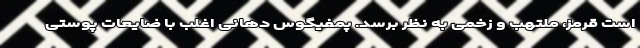
است قرمز، ملتهب و زخمی به نظر برسد. پمفیگوس دهانی اغلب با ضایعات پوستی